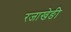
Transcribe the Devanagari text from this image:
रजाखेङी